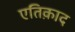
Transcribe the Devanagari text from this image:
एतिक़ाद